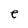
Character: e